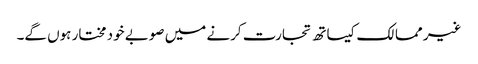
غیر ممالک کیساتھ تجارت کرنے میں صوبے خود مختار ہوں گے۔